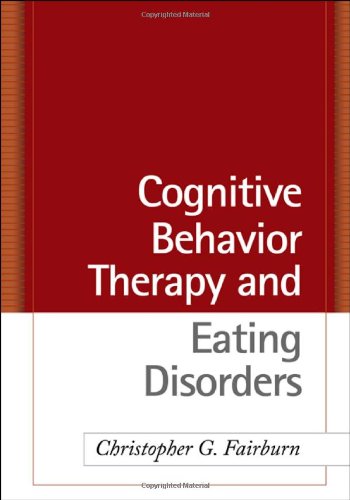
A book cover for Cognitive Behavior Therapy and Eating Disorders; Christopher G. Fairburn; Self-Help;